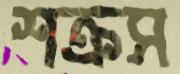
শক্রস